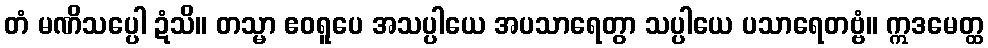
တံ မဏိသပ္ပေါ ဍံသိ။ တသ္မာ ဧဝရူပေ အသပ္ပါယေ အပသာရေတွာ သပ္ပါယေ ပသာရေတဗ္ဗံ။ ဣဒမေတ္ထ